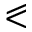
\eqslantless